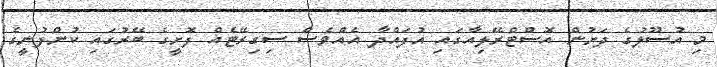
މި އުސޫލުގެ ދަށުން އޮސްޓްރޭލިއާގައި އުފައްދާ އެއްވެސް ސިގިރޭޓެއް ފޮށީގެ ބޭރުގައި ކުންފުނީގެ